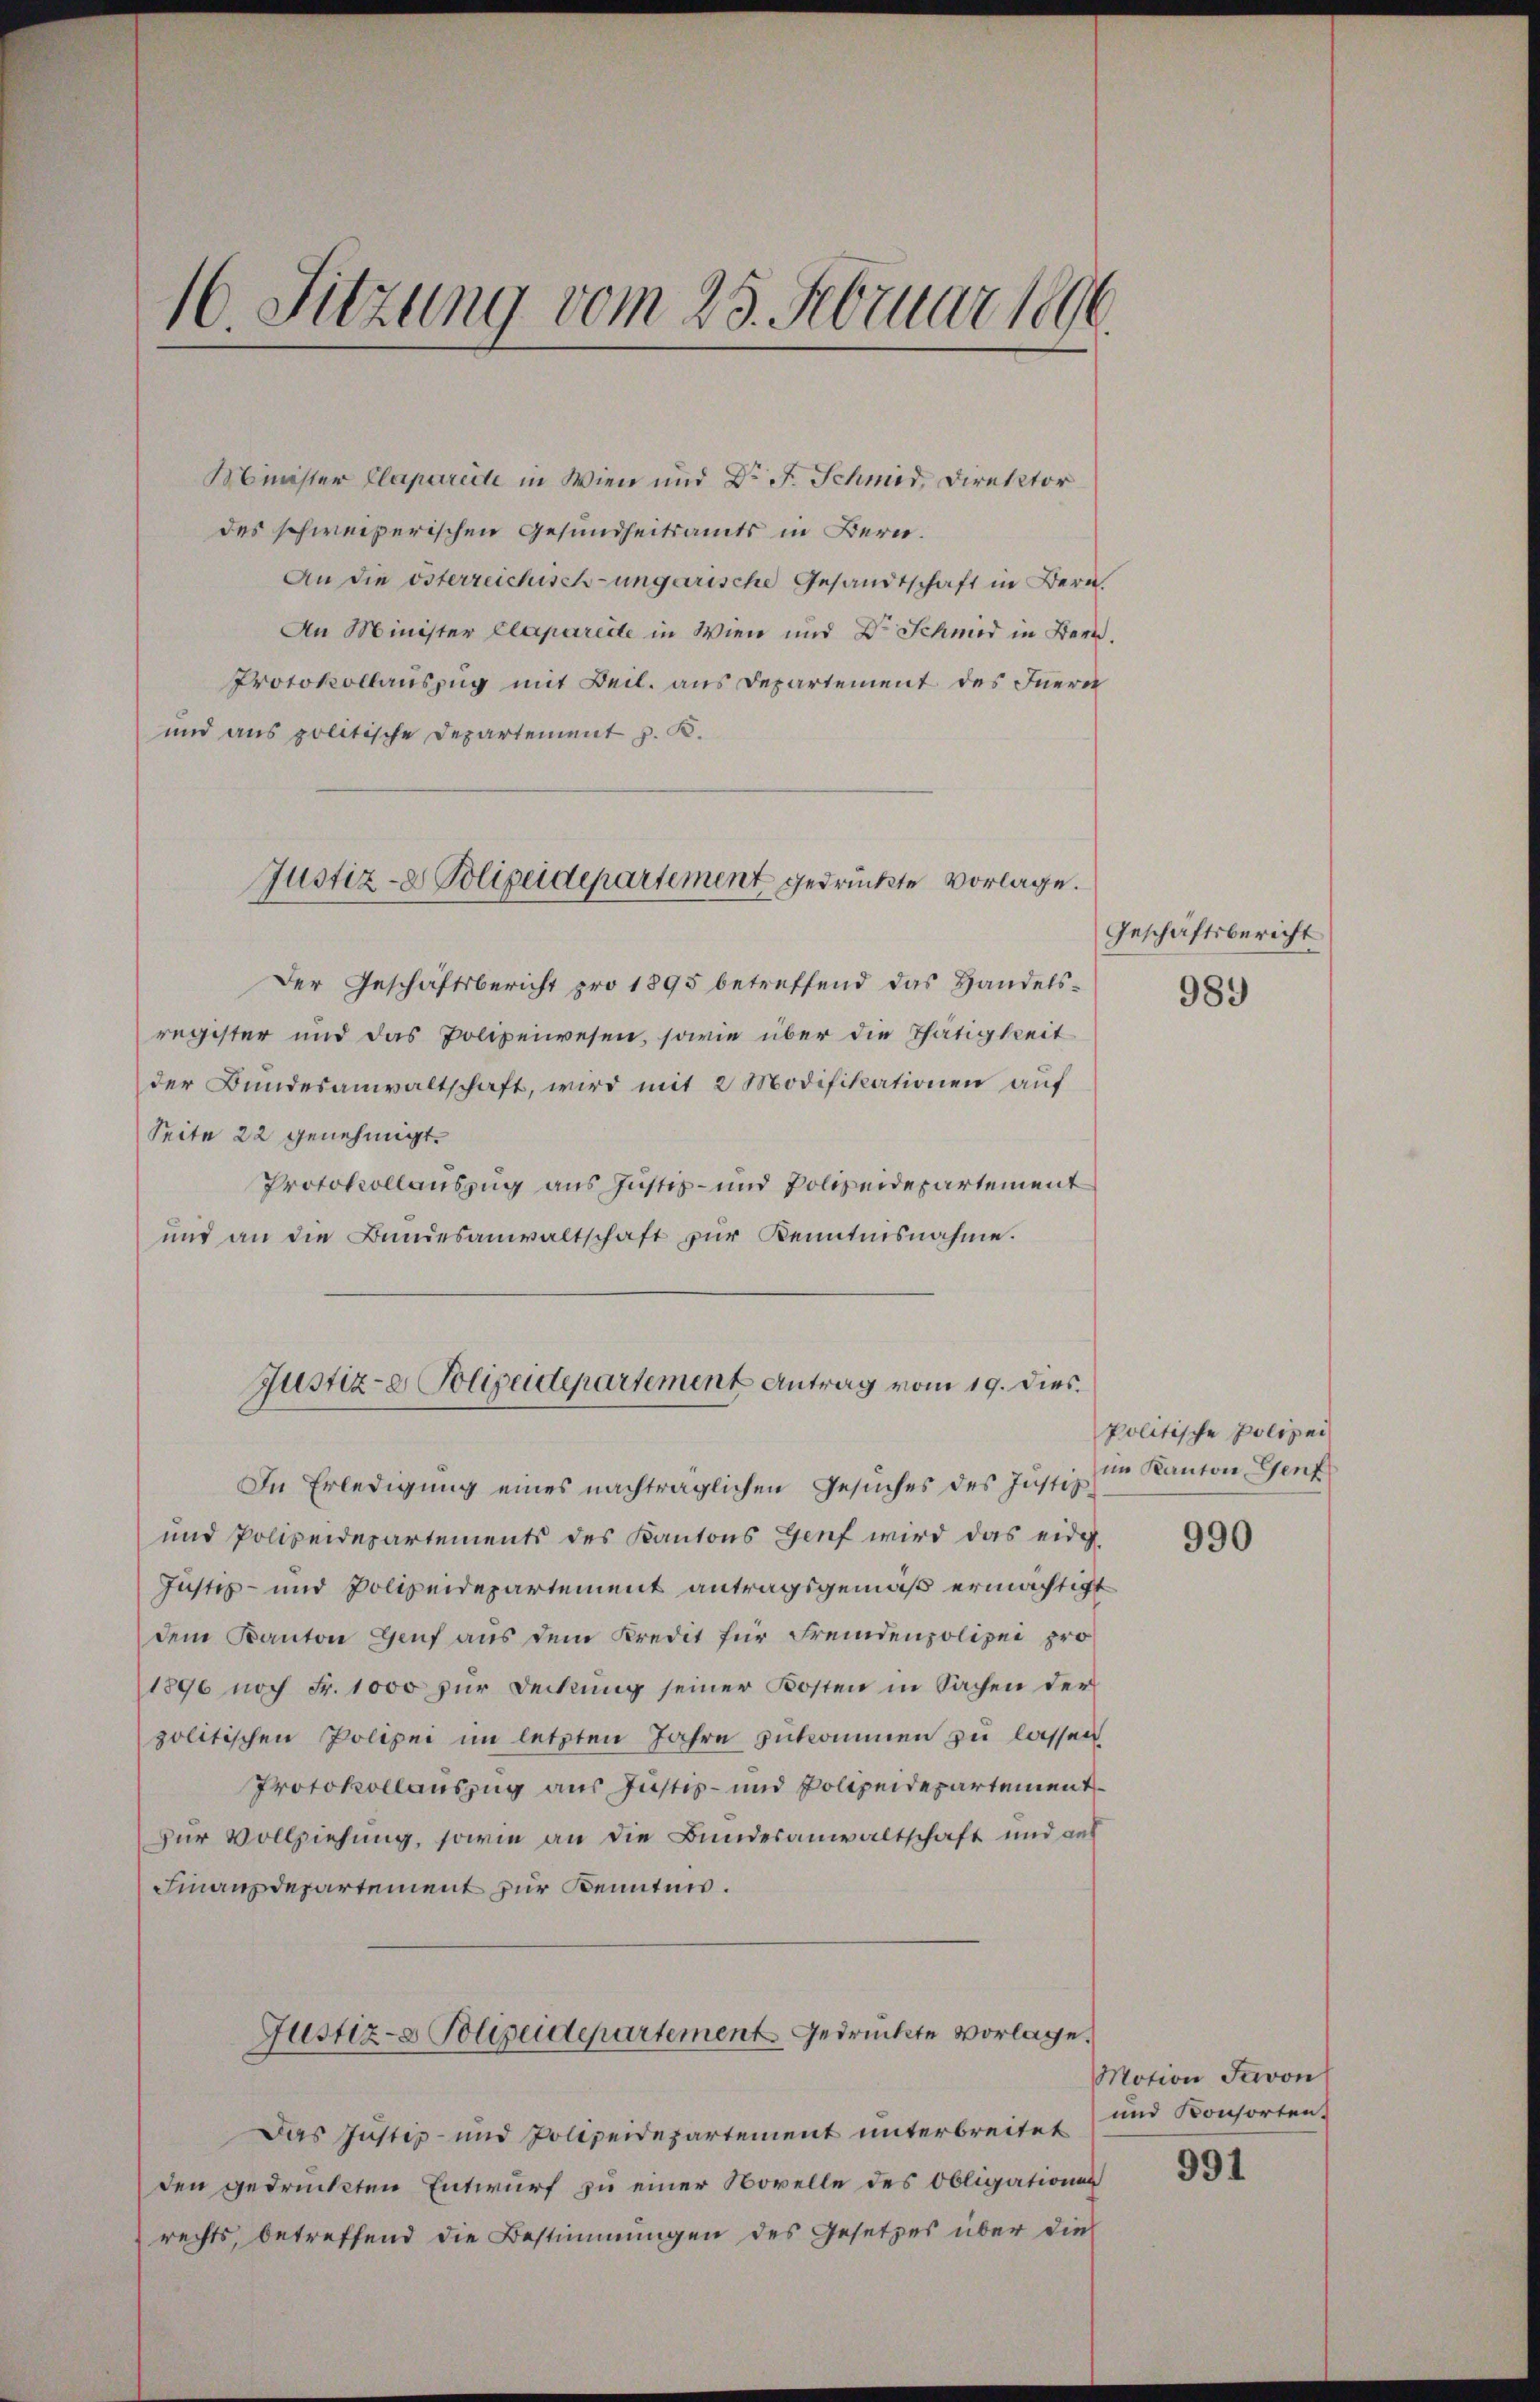
16. Sitzung vom 23. Februar 1896.

Minister Clapareite in Wien und Dr. F. Schmid, Direktor
des schweizerischen Gesundheitsamts in Bern.
An die österzeichisch-ungarische Gesandtschaft in Bern.
An Minister Claparette in Wien und Dr. Schmid in Bern.
Protokollauszug mit Beil. aus Departement des Inern
und aus politische Departement z. K.
Der Geschäftsbericht pro 1895 betreffend das Handelsregister und das Polizeiwesen, sowie über die Thätigkeit
der Bundesanwaltschaft, wird mit 2 Modifikationen auf
Seite 22 genehmigt.
Protokollauszug aus Justiz- und Polizeidepartement
und an die Bundesanwaltschaft zur Kenntnisnahme.
In Erledigung eines nachträglichen Gesŭches des Justiz im Kanton Genf
und Polizeidepartements des Kantons Genf wird das eidg
Justiz- und Polizeidepartement antragsgemäß ermächtigt
dem Kanton Genf aus dem Kredit für Fremdenpolizei pro
1896 noch Fr. 1000 zur Deckung seiner Kosten in Sachen der
politischen Polizei im letzten Jahre zukommen zu lassen
Protokollauszug aus Justiz- und Polizeidepartement
Zur Vollziehung, sowie an die Bundesanwaltschaft und auf
Finanzdepartement zur Kenntnis.
Justiz- & Polizeidepartement Gedrückte vorlage.
Das Justiz- und Polizeidepartement unterbreitet
den gedruckten Entwurf zu einer Novelle des Obligationen
rechts, betreffend die Bestimmungen des Gesetzes über die

Justiz- & Polizeidepartement gedrückte Vorlage.

Justiz- & Polizeidepartement Antrag vom 19. dies.

Geschäftsbericht
989

politische Polizei

990

Motion Savon
und Konsorten.
991